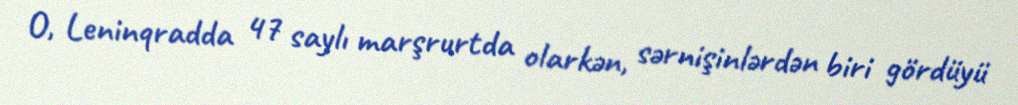
O, Leninqradda 47 saylı marşrurtda olarkən, sərnişinlərdən biri gördüyü